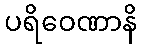
ပရိဝေဏာနိ